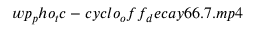
w p _ { p } h o _ { t } c - c y c l o _ { o } f f _ { d } e c a y 6 6 . 7 . m p 4